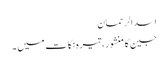
اسد الرحمان
جین کا منشور، تیرہ نکات میں ۔